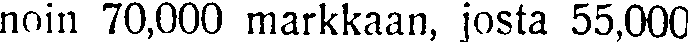
noin 70,000 markkaan, josta 55,000